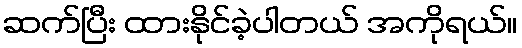
ဆက်ပြီး ထားနိုင်ခဲ့ပါတယ် အကိုရယ်။